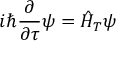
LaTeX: i \hbar \frac { \partial } { \partial \tau } \psi = \hat { H } _ { T } \psi